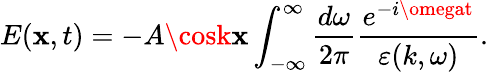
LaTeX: E(\mathbf{x},t)=-A\cosk\mathbf{x}\int_{-\infty}^{\infty}\frac{{d\omega}}{{2\pi}}\frac{{e^{-i\omegat}}}{{\varepsilon(k,\omega)}}.